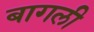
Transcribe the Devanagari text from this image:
बागली